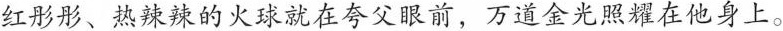
红彤彤、热辣辣的火球就在夸父眼前，万道金光照耀在他身上。